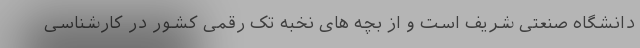
دانشگاه صنعتی شریف است و از بچه های نخبه تک رقمی کشور در کارشناسی